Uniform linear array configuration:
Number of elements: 64
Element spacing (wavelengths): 0.75
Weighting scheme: cosine
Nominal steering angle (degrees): -30
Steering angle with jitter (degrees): -30.174
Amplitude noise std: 0.05
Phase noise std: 0.05

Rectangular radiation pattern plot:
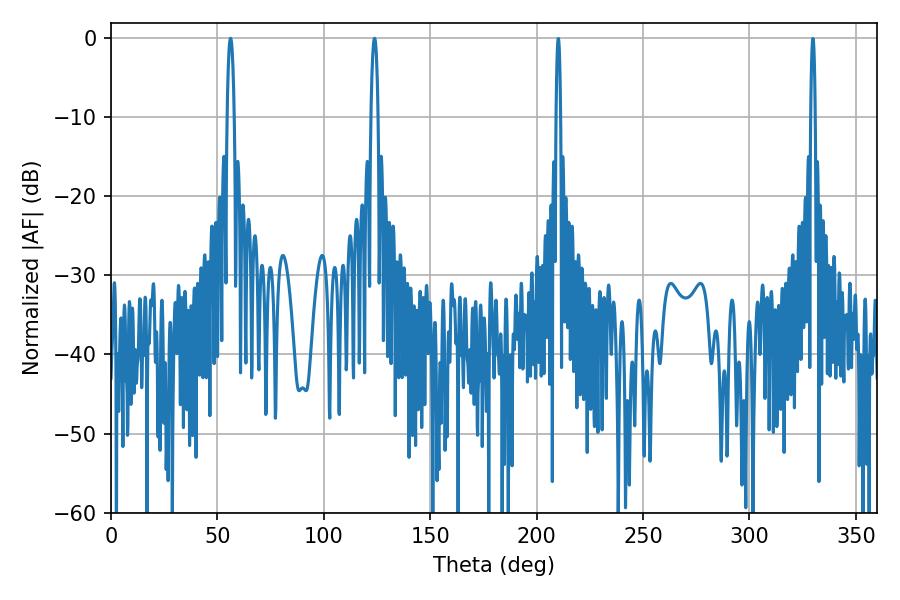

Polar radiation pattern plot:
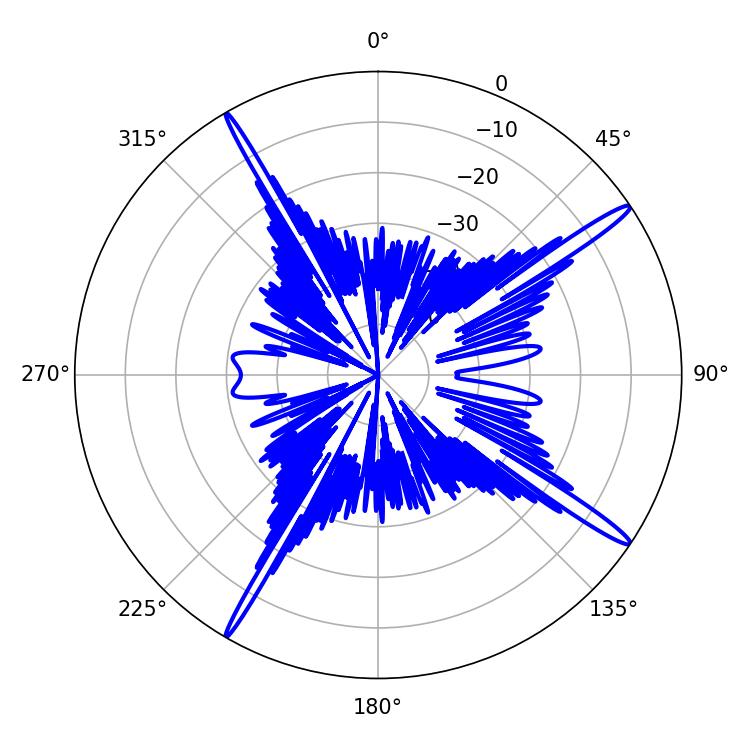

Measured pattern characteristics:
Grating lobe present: TRUE
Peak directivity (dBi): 17.184
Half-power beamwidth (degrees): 1.8
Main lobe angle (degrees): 56.16